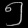
Digit: ၅